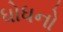
ધોધનો